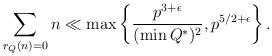
LaTeX: \begin{align*} \sum_{r_{Q}(n) = 0} n \ll \max \left\{ \frac{p^{3+\epsilon}}{(\min Q^{*})^{2}}, p^{5/2 + \epsilon} \right\}.\end{align*}